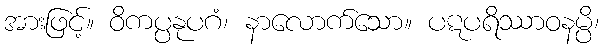
အားဖြင့်။ ဝိကပ္ပနုပဂံ၊ နာလောက်သော။ ပဋပရိဿာဝနမ္ပိ၊